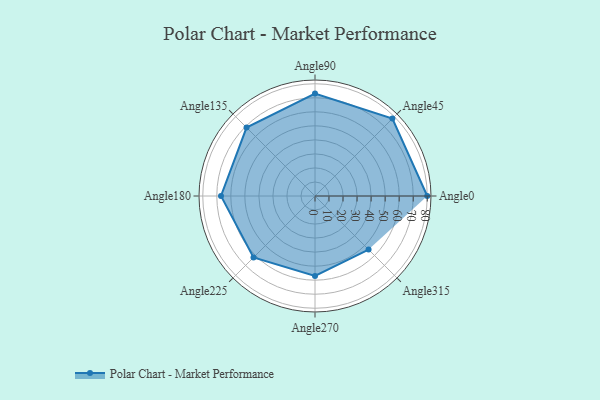
{"axis": {"x": "Angle", "y": "Radius"}, "legend": [""], "data": [{"x": "Angle0", "y": 80.0, "type": ""}, {"x": "Angle45", "y": 78.0, "type": ""}, {"x": "Angle90", "y": 73.0, "type": ""}, {"x": "Angle135", "y": 69.0, "type": ""}, {"x": "Angle180", "y": 67.0, "type": ""}, {"x": "Angle225", "y": 62.0, "type": ""}, {"x": "Angle270", "y": 57.0, "type": ""}, {"x": "Angle315", "y": 54.0, "type": ""}]}